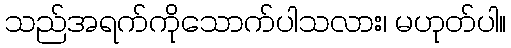
သည်အရက်ကိုသောက်ပါသလား၊ မဟုတ်ပါ။